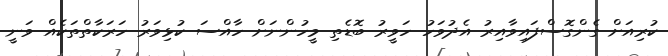
ކުރިއަށް ގެންގޮސްފައިވާއިރު އެދުވަހު ހަވީރު ބޮޑެތި މީހުންނަށް ހާއްސަ ކުޅިވަރު ހަރަކާތްތަކެއް ވަނީ